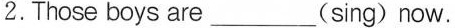
2.Those boys are_________(sing) now.